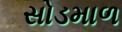
સોડમાળ